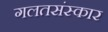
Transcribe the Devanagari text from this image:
गलतसंस्कार